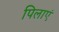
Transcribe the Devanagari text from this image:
पिलाएं